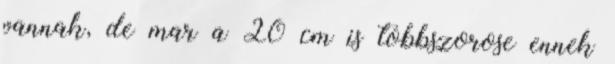
vannak, de mar a 20 cm is tobbszorose ennek